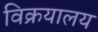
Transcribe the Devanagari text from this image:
विक्रयालय